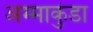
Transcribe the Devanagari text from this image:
अम्माकुंडा